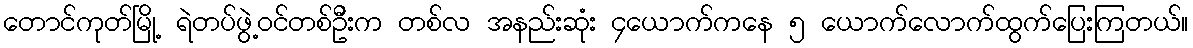
တောင်ကုတ်မြို့ ရဲတပ်ဖွဲ့ဝင်တစ်ဦးက တစ်လ အနည်းဆုံး ၄ယောက်ကနေ ၅ ယောက်လောက်ထွက်ပြေးကြတယ်။